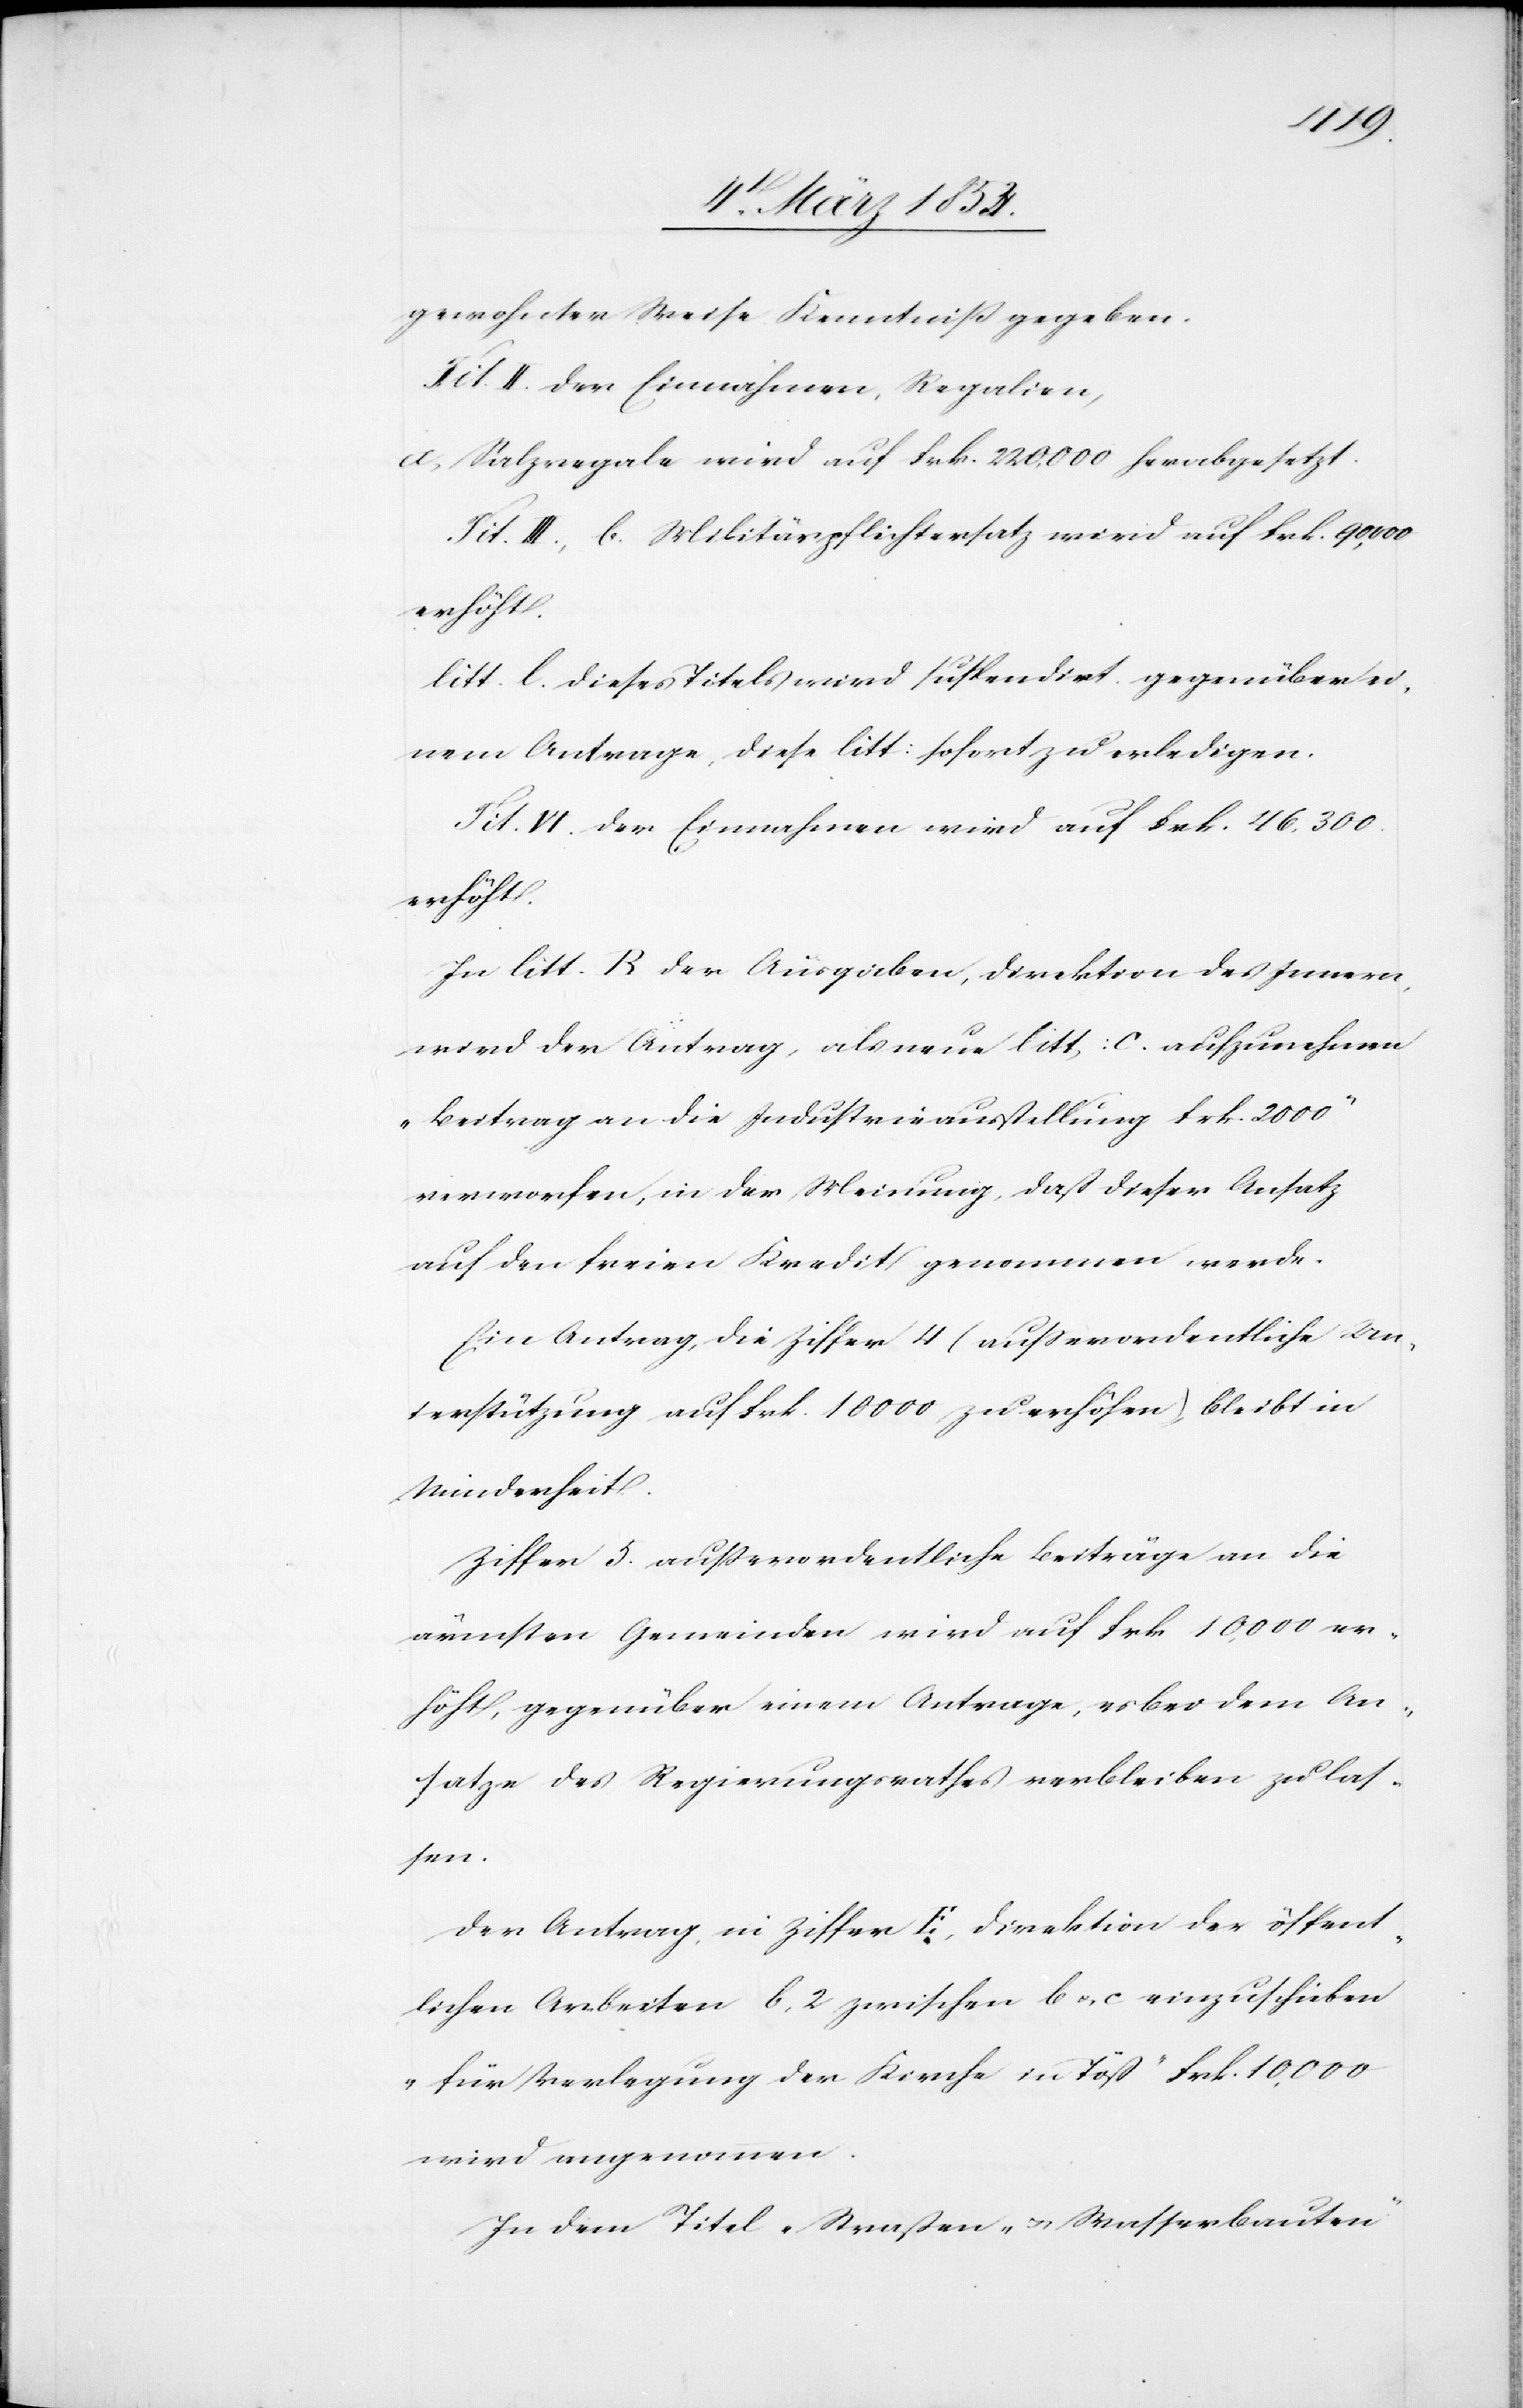
gewohnter Weise Kenntniß gegeben.
Tit. II. der Einnahmen, Regalien,
A, Salzregale wird auf Frk. 220, 00 herabgesetzt.
Tit. III., b. Militärpflichtersatz wird auf Fr. 90, 000
erhöht.
litt. l. dieses Titels wird supendirt gegenüber ei¬
nem Antrage, diese litt: sofort zu erledigen.
Tit. VI. der Einnahmen wird auf Frk. 46, 300.
erhöht.
In litt. B der Ausgaben, Direktion des Innern,
wird der Antrag, als neue litt: C. aufzunehmen
„Beitrag an die Industrieausstellung Frk. 2000“
verworfen, in der Meinung, daß dieser Ansatz
auf den freien Kredit genommen werde.
Ein Antrag, die Ziffer 4 (außerordentliche Un¬
terstützung auf Frk. 10 000 zu erhöhen) bleibt in
Minderheit.
Ziffer 5. außerordentliche Beiträge an die
ärmsten Gemeinden wird auf Frk 10, 000 er¬
höhte, gegenüber einem Antrage, es bei dem An¬
satze des Regierungsrathes verbleiben zu las¬
sen.
Der Antrag, in Ziffer E, Direktion der öffent¬
lichen Arbeiten b, 2 zwischen b u. c einzuschieben
„für Verlegung der Kirche in Töß“ Frk. 10, 000
wird angenommen.
In dem Titel „Straßen- u. Wasserbauten“